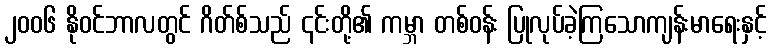
၂၀၀၆ နိုဝင်ဘာလတွင် ဂိတ်စ်သည် ၎င်းတို့၏ ကမ္ဘာ တစ်ဝန်း ပြုလုပ်ခဲ့ကြသောကျန်းမာရေးနှင့်